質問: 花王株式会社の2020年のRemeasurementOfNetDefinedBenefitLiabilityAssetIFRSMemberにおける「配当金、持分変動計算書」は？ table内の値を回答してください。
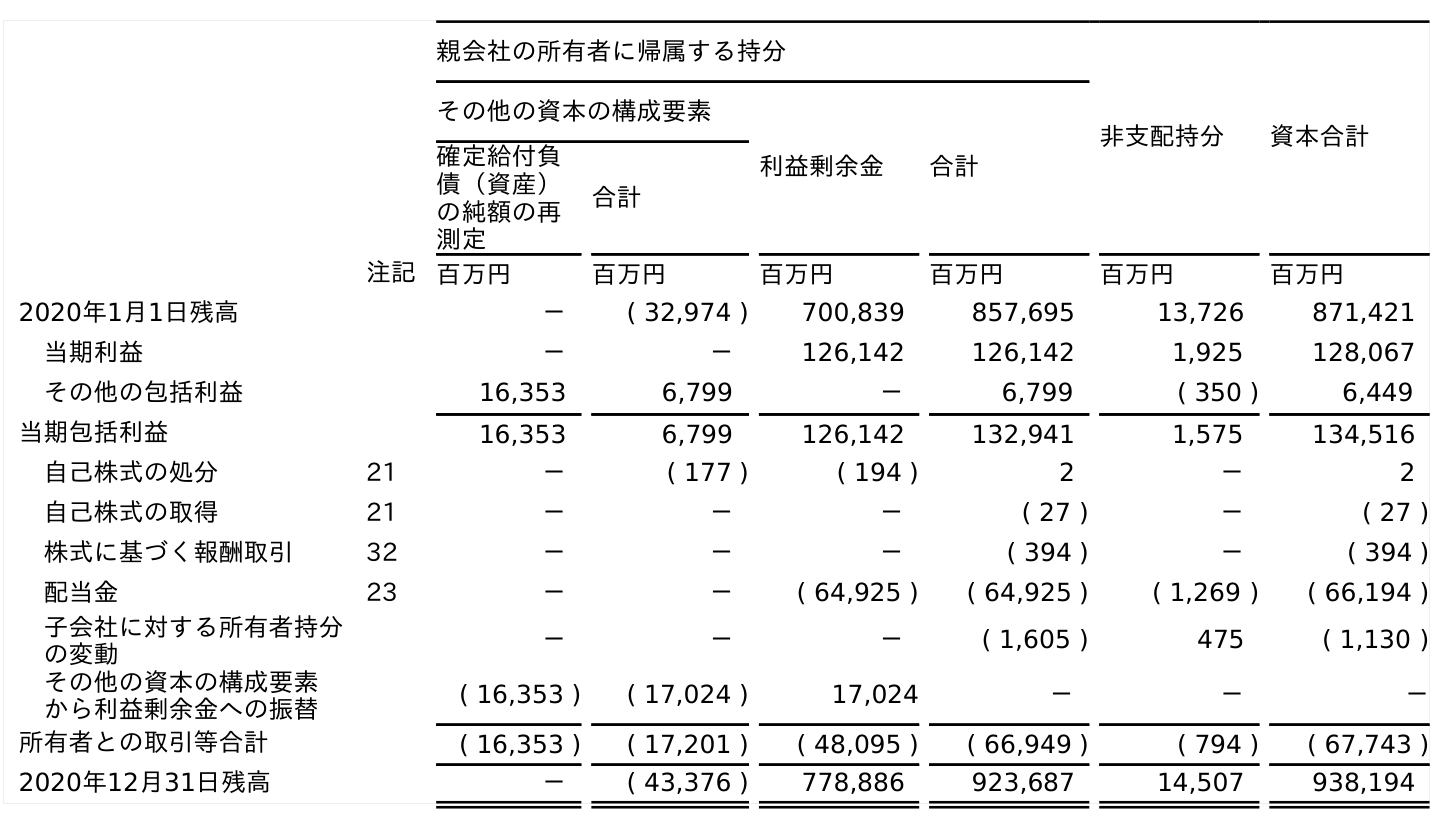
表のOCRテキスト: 親会社の所有者に帰属する持分 非支配持分 資本合計 その他の資本の構成要素 利益剰余金 合計 確定給付負 債（資産） の純額の再 測定 合計 注記 百万円 百万円 百万円 百万円 百万円 百万円 2020年1月1日残高 － ( 32,974 ) 700,839 857,695 13,726 871,421 当期利益 － － 126,142 126,142 1,925 128,067 その他の包括利益 16,353 6,799 － 6,799 ( 350 ) 6,449 当期包括利益 16,353 6,799 126,142 132,941 1,575 134,516 自己株式の処分 21 － ( 177 ) ( 194 ) 2 － 2 自己株式の取得 21 － － － ( 27 ) － ( 27 ) 株式に基づく報酬取引 32 － － － ( 394 ) － ( 394 ) 配当金 23 － － ( 64,925 ) ( 64,925 ) ( 1,269 ) ( 66,194 ) 子会社に対する所有者持分 の変動 － － － ( 1,605 ) 475 ( 1,130 ) その他の資本の構成要素 から利益剰余金への振替 ( 16,353 ) ( 17,024 ) 17,024 － － － 所有者との取引等合計 ( 16,353 ) ( 17,201 ) ( 48,095 ) ( 66,949 ) ( 794 ) ( 67,743 ) 2020年12月31日残高 － ( 43,376 ) 778,886 923,687 14,507 938,194
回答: －